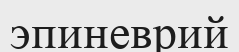
эпиневрий